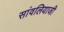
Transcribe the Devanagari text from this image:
सांवलियाजी